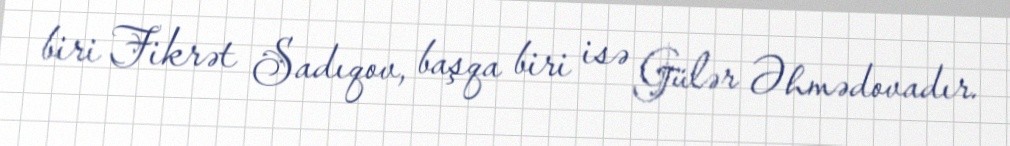
biri Fikrət Sadıqov, başqa biri isə Gülər Əhmədovadır.